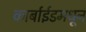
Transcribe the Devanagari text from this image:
कार्बाईडमधून